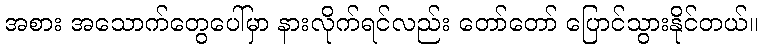
အစား အသောက်တွေပေါ်မှာ နားလိုက်ရင်လည်း တော်တော် ပြောင်သွားနိုင်တယ်။